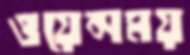
ওয়েন্সময়